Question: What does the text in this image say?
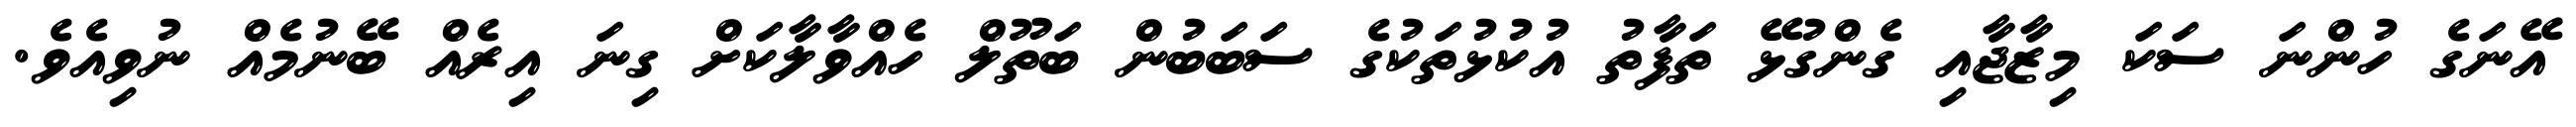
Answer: އޭނަގެ ހުންނަ ސަކަ މިޒާޖާއި ގެންގުޅޭ ތަފާތު އުކުޅުތަކުގެ ސަބަބުން ބަތޫލް ހެއްވާލާކަށް ގިނަ އިރެއް ބޭނުމެއް ނުވިއެވެ.